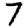
Digit: 7